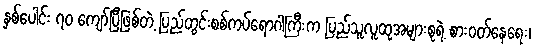
နှစ်ပေါင်း ၇၀ ကျော်ပြီဖြစ်တဲ့ ပြည်တွင်းစစ်ကပ်ရောဂါကြီးက ပြည်သူလူထုအများစုရဲ့ စားဝတ်နေရေး၊